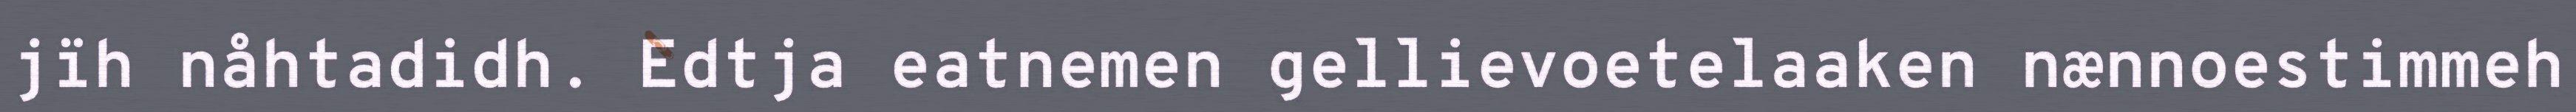
jïh nåhtadidh. Edtja eatnemen gellievoetelaaken nænnoestimmeh